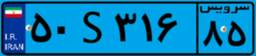
۹۷S۱۸۱۴۸